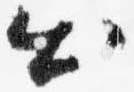
出